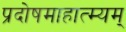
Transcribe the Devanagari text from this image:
प्रदोषमाहात्म्यम्